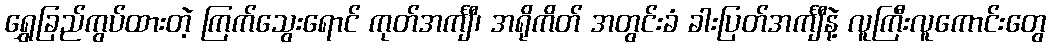
ရွှေခြည်ကွပ်ထားတဲ့ ကြက်သွေးရောင် ကုတ်အင်္ကျီ၊ အရိုကိတ် အတွင်းခံ ခါးပြတ်အင်္ကျီနဲ့ လူကြီးလူကောင်းတွေ